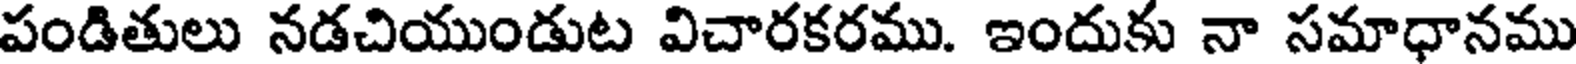
పండితులు నడచియుండుట విచారకరము. ఇందుకు నా సమాధానము